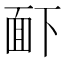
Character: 𮧉